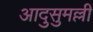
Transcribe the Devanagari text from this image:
आदुसुमल्ली